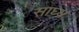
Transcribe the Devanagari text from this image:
साघ्य